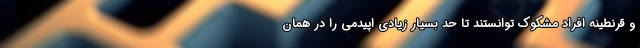
و قرنطینه افراد مشکوک توانستند تا حد بسیار زیادی اپیدمی را در همان